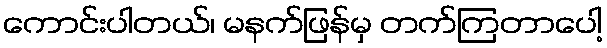
ကောင်းပါတယ်၊ မနက်ဖြန်မှ တက်ကြတာပေါ့